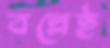
বল্লেই